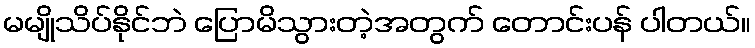
မမျိုသိပ်နိုင်ဘဲ ပြောမိသွားတဲ့အတွက် တောင်းပန် ပါတယ်။